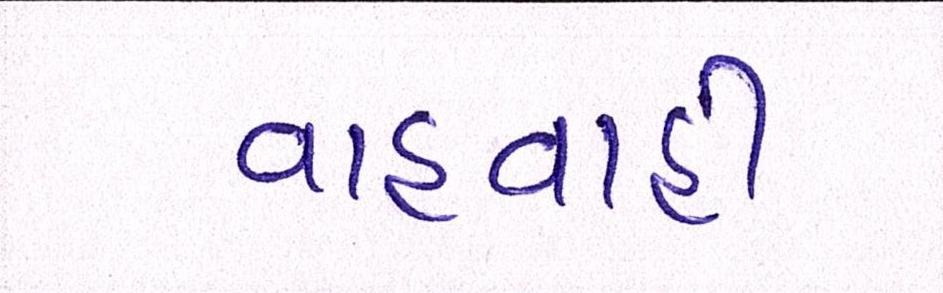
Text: વાહવાહી